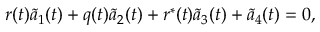
r ( t ) \tilde { a } _ { 1 } ( t ) + q ( t ) \tilde { a } _ { 2 } ( t ) + r ^ { * } ( t ) \tilde { a } _ { 3 } ( t ) + \tilde { a } _ { 4 } ( t ) = 0 ,